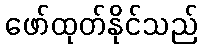
ဖော်ထုတ်နိုင်သည်